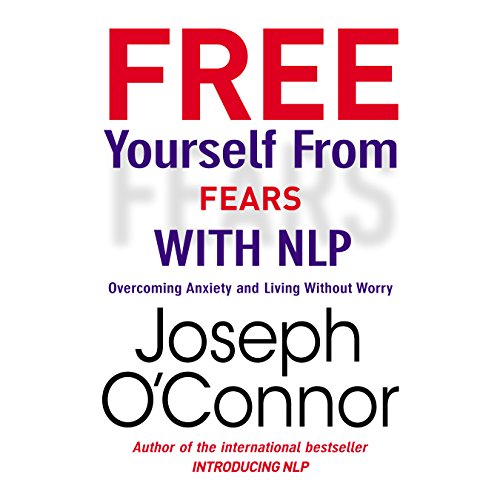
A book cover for Free Yourself From Fears with NLP: Overcoming Anxiety and Living Without Worry; Joseph O'Connor; Self-Help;